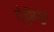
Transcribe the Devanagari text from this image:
रोड्रीग्यूज